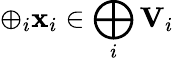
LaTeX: \oplus_{i}\mathbf{x}_{i}\in\bigoplus_{i}\mathbf{V}_{i}